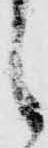
し